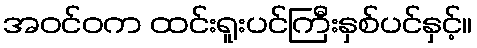
အဝင်ဝက ထင်းရူးပင်ကြီးနှစ်ပင်နှင့်။